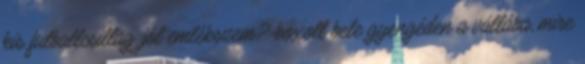
kis futballcsillag, jól emlékszem?-boxolt bele gyengéden a vállába, mire